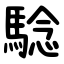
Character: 騐